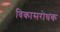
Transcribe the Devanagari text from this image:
विकासरोधक